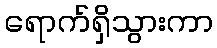
ရောက်ရှိသွားကာ